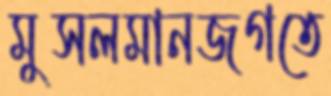
মুসলমানজগতে